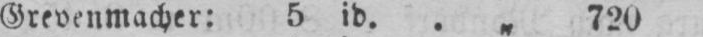
Grevenmacher: 5 id. .„ 720